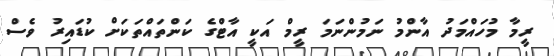
ރީމާ މުހައްމަދު އާންމު ނަމުންނަމަ ރީމް އަކީ އާޓްގެ ކަންތައްތަކަށް ކުޑައިރު ވެސް